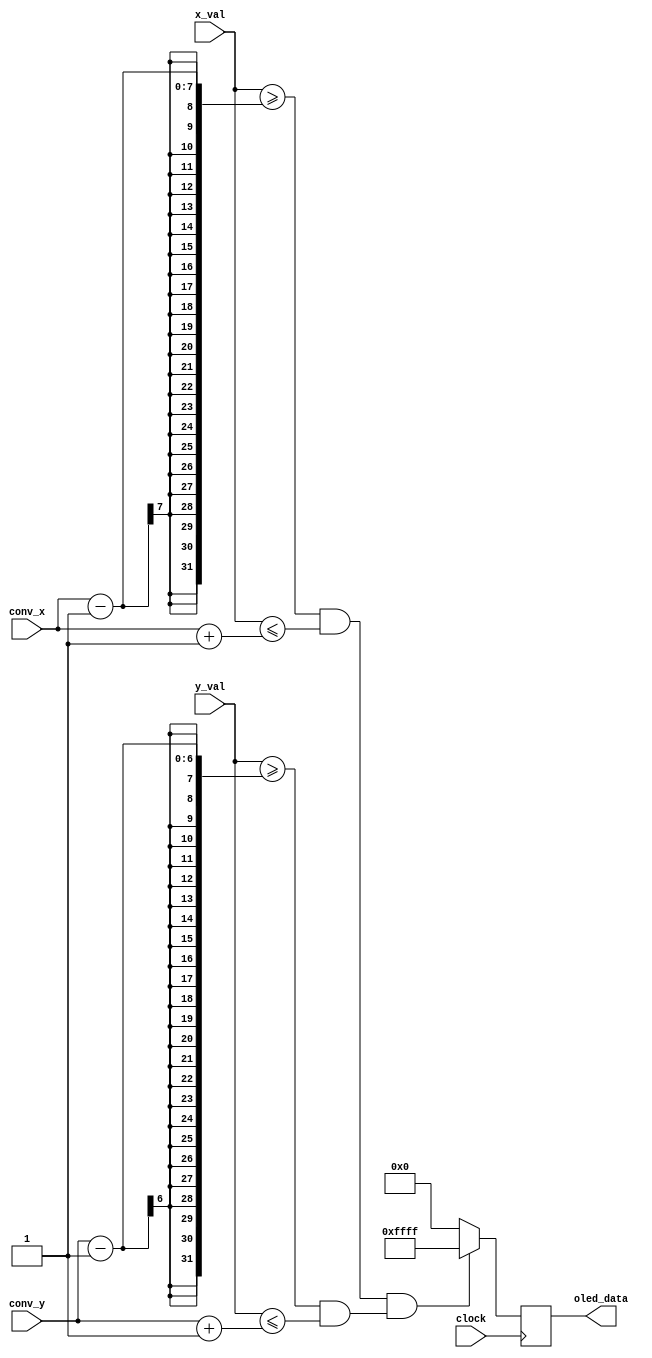
`timescale 1ns / 1ps
//////////////////////////////////////////////////////////////////////////////////
// Company: 
// Engineer: 
// 
// Design Name: 
// Module Name: mouseDisplay
// Project Name: 
// Target Devices: 
// Tool Versions: 
// Description: 
// 
// Dependencies: 
// 
// Revision:
// Revision 0.01 - File Created
// Additional Comments:
// 
//////////////////////////////////////////////////////////////////////////////////


module mouseDisplay(
    input clock,
    input [6:0] x_val, y_val,
    input [6:0] conv_x, 
    input [5:0] conv_y,
    output reg [15:0] oled_data = 0
    );
    always @(posedge clock) begin
        if (((x_val >= conv_x - 1)&&(x_val <= conv_x + 1))  && ((y_val >= conv_y-1) && (y_val <= conv_y + 1))) begin
            oled_data <= 16'hFFFF;
        end
        else begin
            oled_data = 16'h0;
        end;
    end
endmodule